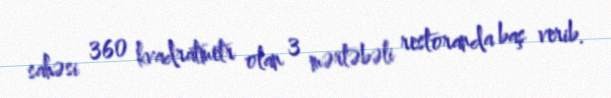
sahəsi 360 kvadratmetr olan 3 mərtəbəli restoranda baş verib.